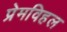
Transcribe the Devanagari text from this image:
प्रेमविहल